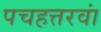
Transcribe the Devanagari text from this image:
पचहत्तरवां